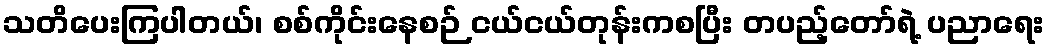
သတိပေးကြပါတယ်၊ စစ်ကိုင်းနေစဉ် ငယ်ငယ်တုန်းကစပြီး တပည့်တော်ရဲ့ ပညာရေး